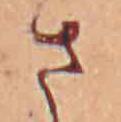
さ